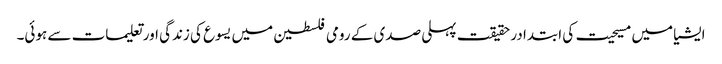
ایشیا میں مسیحیت کی ابتدا در حقیقت پہلی صدی کے رومی فلسطین میں یسوع کی زندگی اور تعلیمات سے ہوئی۔